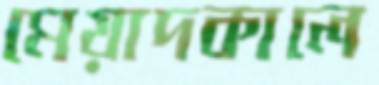
মেয়াদকালে